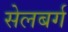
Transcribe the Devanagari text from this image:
सेलबर्ग